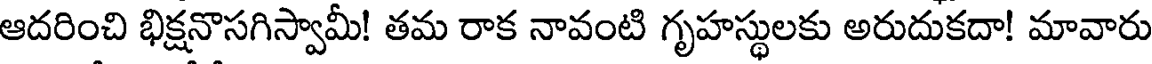
ఆదరించి భిక్షనొసగిస్వామీ! తమ రాక నావంటి గృహస్థులకు అరుదుకదా! మావారు